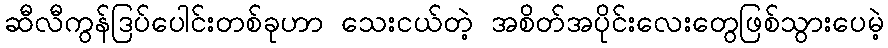
ဆီလီကွန်ဒြပ်ပေါင်းတစ်ခုဟာ သေးငယ်တဲ့ အစိတ်အပိုင်းလေးတွေဖြစ်သွားပေမဲ့